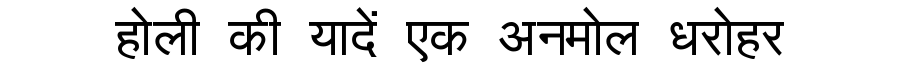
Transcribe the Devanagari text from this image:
होली की यादें एक अनमोल धरोहर